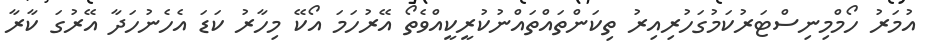
އުމަރު ހޯމްމިނިސްޓަރުކަމުގަހުރިއިރު ތިކަންތައްތައްނުކުރީކީއްވެތޯ އޭރުހަމަ އޯކޭ މިހާރު ކަޑަ އެހެނުހަދާ އޭރުގަ ކާރާ